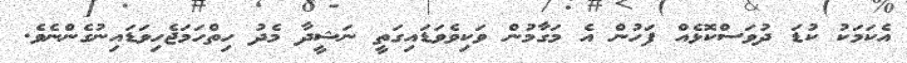
އެކަމަކު ކުޑަ ދުވަސްކޮޅެއް ފަހުން އެ މަގާމުން ވަކިވެވަޑައިގަތީ ނަޝީދާ މެދު ހިތްހަމަޖެހިވަޑައިނުގެންނެވެ.